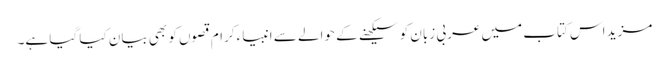
مزید اس کتاب میں عربی زبان کو سیکھنے کے حوالے سے انبیاء کرام قصوں کو بھی بیان کیا گیا ہے۔